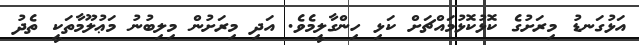
އަޅުގަނޑު މިރަށުގެ ކޮޅުކޮޅުމައްޗަށް ކަޅި ހިންގާލީމެވެ. އަދި މިރަށުން މިލިބުނު މަޢުލޫމާތަކީ ތެދު